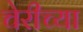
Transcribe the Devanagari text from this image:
चेरीच्या